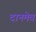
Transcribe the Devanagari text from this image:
दानमेव